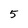
Character: 5